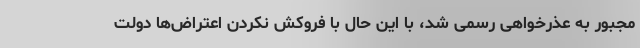
مجبور به عذرخواهی رسمی شد، با این حال با فروکش نکردن اعتراض‌ها دولت